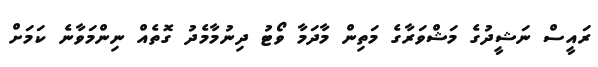
ރައީސް ނަޝީދުގެ މަޝްވަރާގެ މަތިން މާދަމާ ވޯޓު ދިނުމާމެދު ގޮތެއް ނިންމަވާނެ ކަމަށް